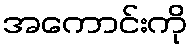
အကောင်းကို